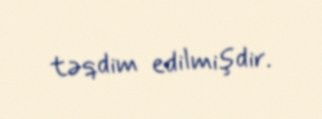
təqdim edilmişdir.